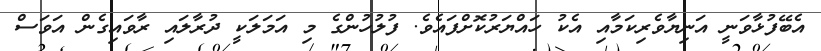
އެބޭފުޅާވަނީ އަނިޔާވެރިކަމާއި އެކު ހައްޔަރުކޮށްފައެވެ. ފުލުހުންގެ މި އަމަލަކީ ދުރާލައި ރާވައިގެން އަވަސް